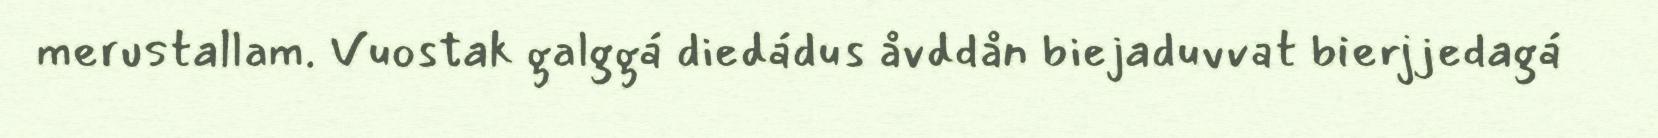
merustallam. Vuostak galggá diedádus åvddån biejaduvvat bierjjedagá